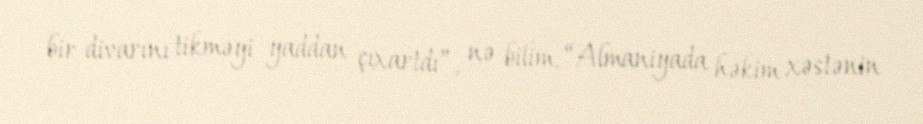
bir divarını tikməyi yaddan çıxartdı”, nə bilim, “Almaniyada həkim xəstənin